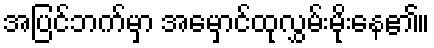
အပြင်ဘက်မှာ အမှောင်ထုလွှမ်းမိုးနေ၏။